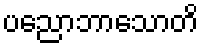
ပညောဘာသောတိ